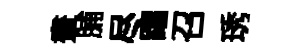
晝脯尽躍召琇